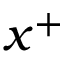
x ^ { + }